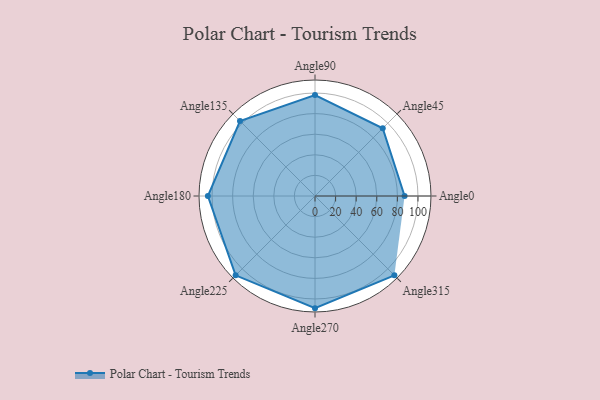
{"axis": {"x": "Angle", "y": "Radius"}, "legend": [""], "data": [{"x": "Angle0", "y": 87.0, "type": ""}, {"x": "Angle45", "y": 93.0, "type": ""}, {"x": "Angle90", "y": 98.0, "type": ""}, {"x": "Angle135", "y": 103.0, "type": ""}, {"x": "Angle180", "y": 104.0, "type": ""}, {"x": "Angle225", "y": 109.0, "type": ""}, {"x": "Angle270", "y": 109.0, "type": ""}, {"x": "Angle315", "y": 109.0, "type": ""}]}